Problem: 7 × 9 = ?
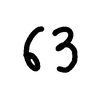
Handwritten answer: 63